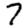
Digit: 7